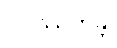
ဝိပဿိတုန္တိ